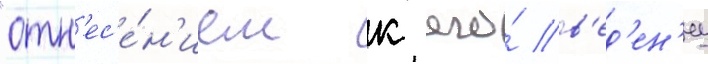
"отн'ес'е́н'ием к его́ в'ед'ен'иу